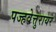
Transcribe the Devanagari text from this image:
पज्हवेत्तुरायर